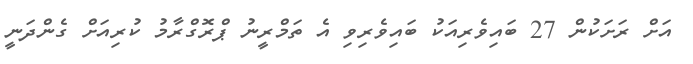
އަށް ރަށަކުން 27 ބައިވެރިއަކު ބައިވެރިވި އެ ތަމްރީނު ޕްރޮގްރާމު ކުރިއަށް ގެންދަނީ